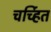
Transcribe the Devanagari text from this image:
चर्च्हित